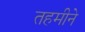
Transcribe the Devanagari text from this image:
तहमीने